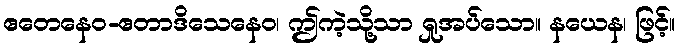
ဧတေနေဝ-ဧတာဒိသေနေဝ၊ ဤကဲ့သို့သာ ရှုအပ်သော။ နယေန၊ ဖြင့်။